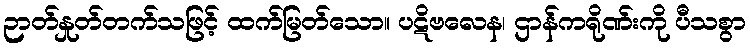
ဉာတ်နှုတ်တက်သဖြင့် ထက်မြတ်သော။ ပဋိဗလေန၊ ဌာန်ကရိုဏ်းကို ပီသစွာ